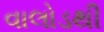
વાલોડથી